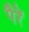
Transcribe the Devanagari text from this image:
पैरें